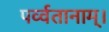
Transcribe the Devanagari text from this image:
पर्व्वतानाम्।